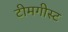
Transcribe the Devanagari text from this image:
टीमगीस्ट